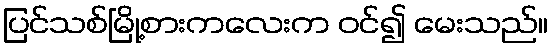
ပြင်သစ်မြို့စားကလေးက ဝင်၍ မေးသည်။